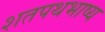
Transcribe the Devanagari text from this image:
शतपथभाष्य